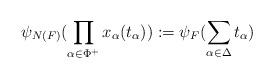
LaTeX: \begin{align*}\begin{aligned}\psi_{N(F)}(\prod_{\alpha\in \Phi^{+}}x_{\alpha}(t_{\alpha})):=\psi_{F}(\sum_{\alpha\in \Delta} t_{\alpha})\end{aligned}\end{align*}